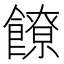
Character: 䭜